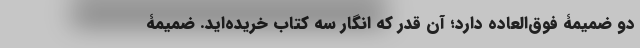
دو ضمیمۀ فوق‌العاده دارد؛ آن قدر که انگار سه کتاب خریده‌اید. ضمیمۀ